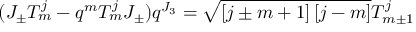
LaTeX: ( J _ { \pm } T _ { m } ^ { j } - q ^ { m } T _ { m } ^ { j } J _ { \pm } ) q ^ { J _ { 3 } } = \sqrt { \left[ j \pm m + 1 \right] \left[ j - m \right] } T _ { m \pm 1 } ^ { j }